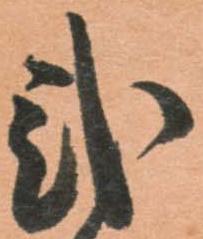
弐